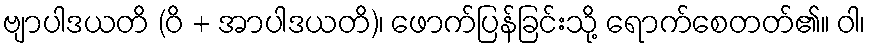
ဗျာပါဒယတိ (ဝိ + အာပါဒယတိ)၊ ဖောက်ပြန်ခြင်းသို့ ရောက်စေတတ်၏။ ဝါ၊